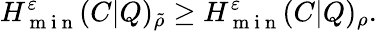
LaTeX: H_{\mathrm{~m~i~n~}}^{\varepsilon}(C|Q)_{\tilde{\rho}}\geq H_{\mathrm{~m~i~n~}}^{\varepsilon}(C|Q)_{\rho}.